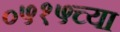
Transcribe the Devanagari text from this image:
०५१५च्या